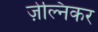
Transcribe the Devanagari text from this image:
ज़ेल्निकर